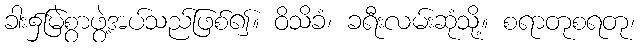
ခါး၌မြဲစွာဖွဲ့အပ်သည်ဖြစ်၍။ ဝိသိခံ၊ ခရီးလမ်းဆုံသို့။ စရာတုစရတု၊